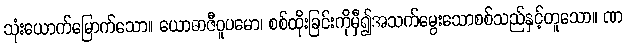
သုံးယောက်မြောက်သော။ ယောဓာဇီဝူပမော၊ စစ်ထိုးခြင်းကိုမှီ၍အသက်မွေးသောစစ်သည်နှင့်တူသော။ ဏ